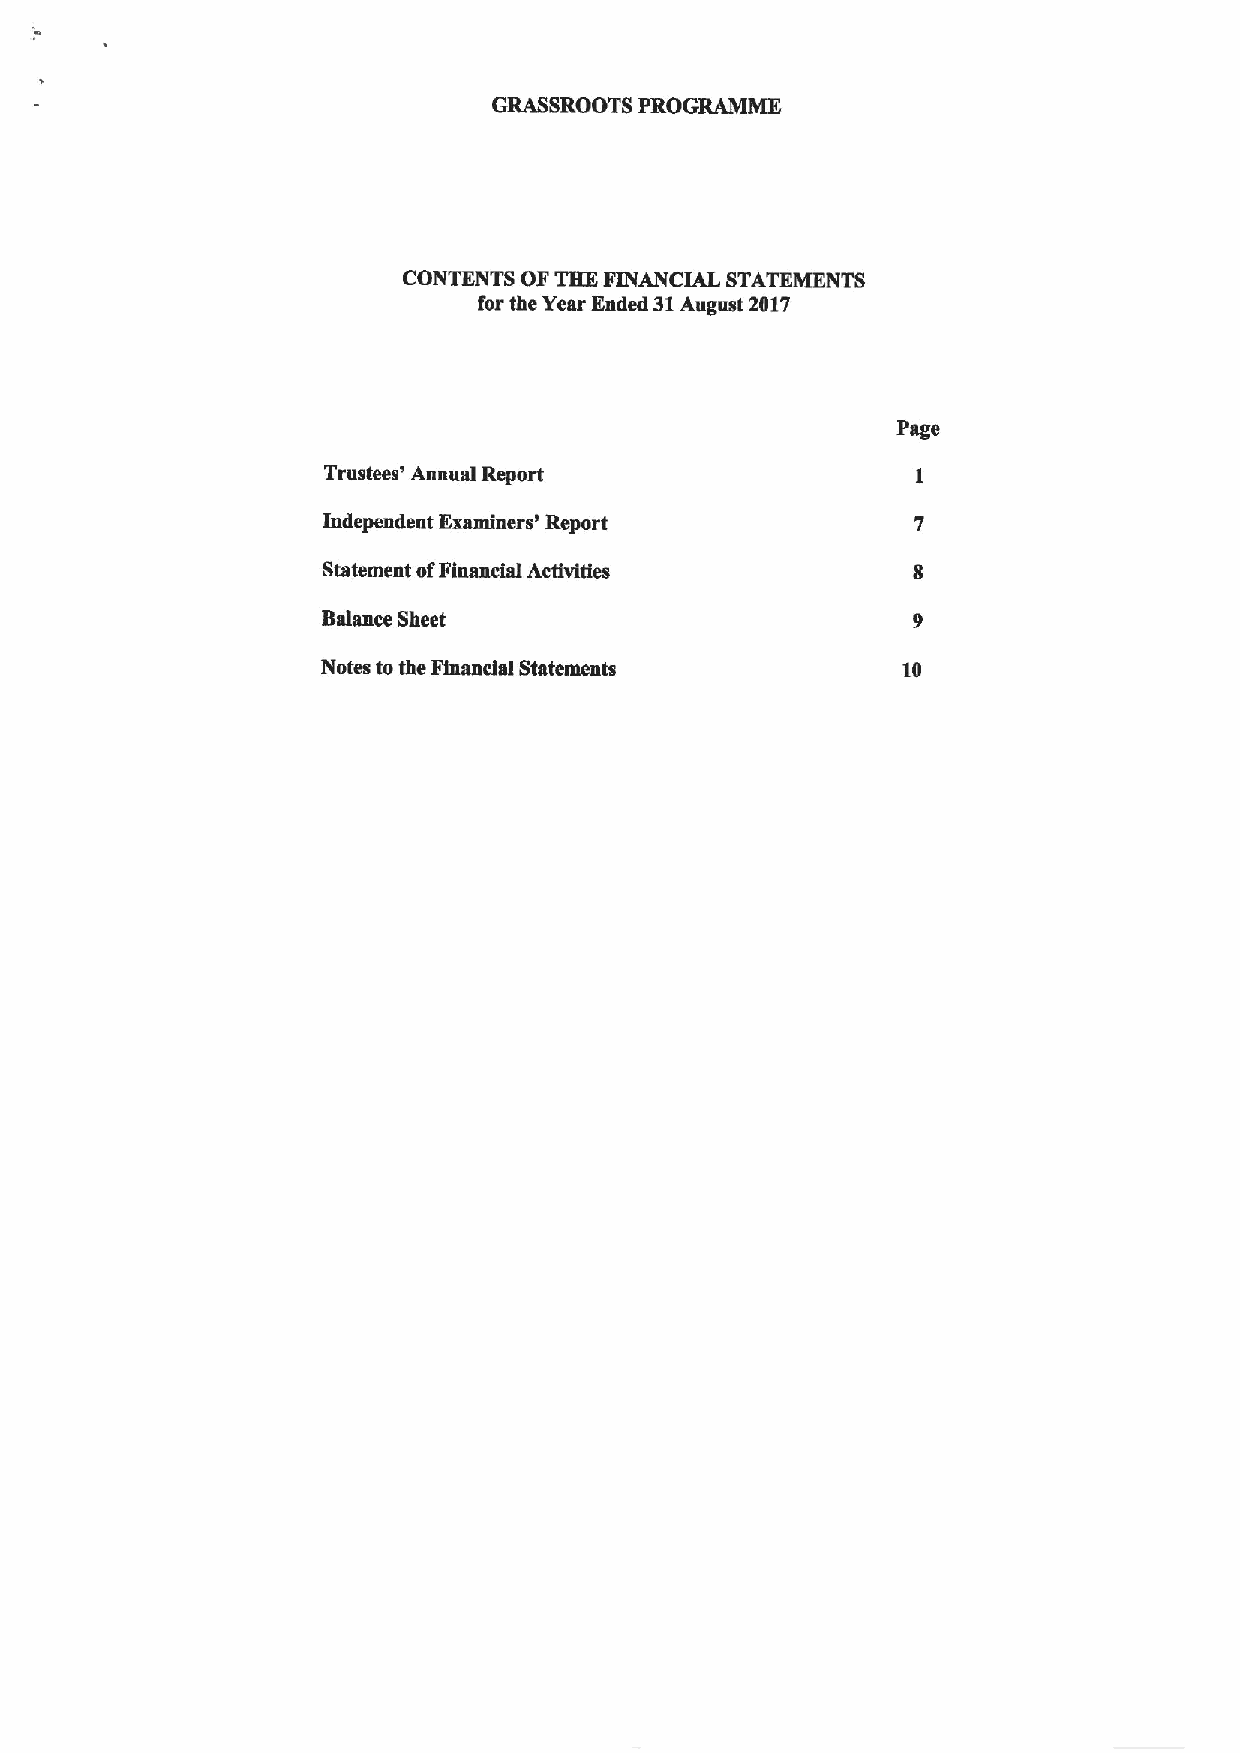
GRASSROOTS PROGRAMME
 CONTENTS OFTHE FINANCIAL STATEMENTS
 for the Year Ended 31August 2017
 Page
 Trustees' Annual Report
 Independent Examiners' Report
 Statement ofFinancial Activities
 Balance Sheet
 Notes tothe Financial Statements       10